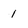
Character: 1